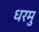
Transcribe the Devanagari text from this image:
धरमु